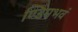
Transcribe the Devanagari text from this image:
ण्डिमभवं